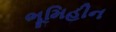
ભૂમિહીન